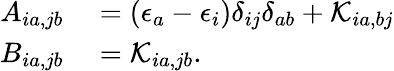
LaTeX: \begin{array}{rl}{A_{ia,jb}}&{{}=\left(\epsilon_{a}-\epsilon_{i}\right)\delta_{ij}\delta_{ab}+\mathcal{K}_{ia,bj}}\\ {B_{ia,jb}}&{{}=\mathcal{K}_{ia,jb}.}\end{array}